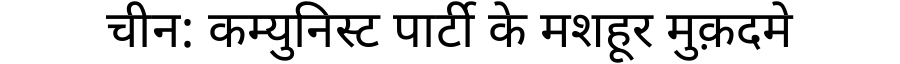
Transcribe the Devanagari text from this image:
चीन: कम्युनिस्ट पार्टी के मशहूर मुक़दमे